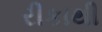
રીકાથી